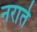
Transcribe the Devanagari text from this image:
नराते